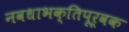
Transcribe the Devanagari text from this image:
नवधाभक्तिपूर्वक